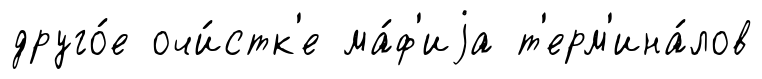
друго́е очи́стк'е ма́ф'иjа т'ерм'ина́лов